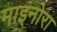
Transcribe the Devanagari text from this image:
माइनोरा